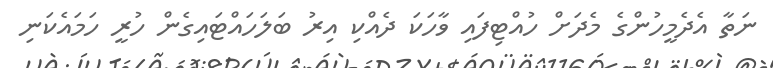
ނަތާ އެދެމީހުންގެ މެދަށް ހުއްޓިފައި ވާހަކަ ދެއްކި އިރު ބަލަހައްޓައިގެން ހުރީ ހަމައެކަނި